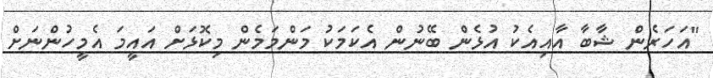
"އަހަރެން ޝާބާ އާއިއެކު އުޅެން ބޭނުން އެކަމަކު މަންމަމެން މިކޮޅަށް އައީމަ އެމީހުންނަށް